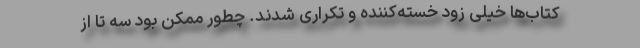
کتاب‌ها خیلی زود خسته‌کننده و تکراری شدند. چطور ممکن بود سه تا از